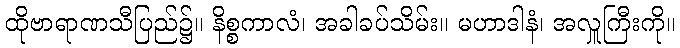
ထိုဗာရာဏသီပြည်၌။ နိစ္စကာလံ၊ အခါခပ်သိမ်း။ မဟာဒါနံ၊ အလှူကြီးကို။